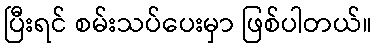
ပြီးရင် စမ်းသပ်ပေးမှာ ဖြစ်ပါတယ်။